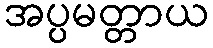
အပ္ပမတ္တာယ